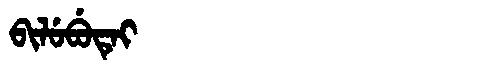
Manchu: ᠪᡳᠯᡠᠪᡠᡨᡝᡳ
Romanization: BILUBUTEI